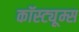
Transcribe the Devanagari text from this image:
कॉस्ट्यूम्स